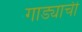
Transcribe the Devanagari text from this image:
गाड्याची